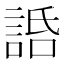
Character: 䛡